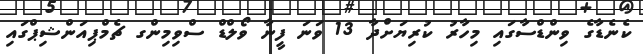
ކެނެޑާގެ ވިންޑްސާގައި މިހާރު ކުރިޔަށްދާ 13 ވަނަ ފީނާ ވޯލްޑް ސްވިމިންގ ޗެމްޕިއަންޝިޕްގައި